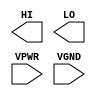
/**
 * Copyright 2020 The SkyWater PDK Authors
 *
 * Licensed under the Apache License, Version 2.0 (the "License");
 * you may not use this file except in compliance with the License.
 * You may obtain a copy of the License at
 *
 *     https://www.apache.org/licenses/LICENSE-2.0
 *
 * Unless required by applicable law or agreed to in writing, software
 * distributed under the License is distributed on an "AS IS" BASIS,
 * WITHOUT WARRANTIES OR CONDITIONS OF ANY KIND, either express or implied.
 * See the License for the specific language governing permissions and
 * limitations under the License.
 *
 * SPDX-License-Identifier: Apache-2.0
 */

`ifndef SKY130_FD_SC_HS__CONB_PP_BLACKBOX_V
`define SKY130_FD_SC_HS__CONB_PP_BLACKBOX_V

/**
 * conb: Constant value, low, high outputs.
 *
 * Verilog stub definition (black box with power pins).
 *
 * WARNING: This file is autogenerated, do not modify directly!
 */

`timescale 1ns / 1ps
`default_nettype none

(* blackbox *)
module sky130_fd_sc_hs__conb (
    HI  ,
    LO  ,
    VPWR,
    VGND
);

    output HI  ;
    output LO  ;
    input  VPWR;
    input  VGND;
endmodule

`default_nettype wire
`endif  // SKY130_FD_SC_HS__CONB_PP_BLACKBOX_V